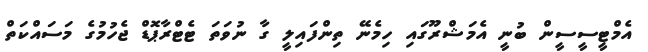
އެމްޓީސީސީން ބުނީ އެމަޝްރޫގައި ހިމެނޭ ތިންފައިލީ ގާ ނުވަތަ ޓެޓްރާޕޮޑް ޖެހުމުގެ މަސައްކަތް